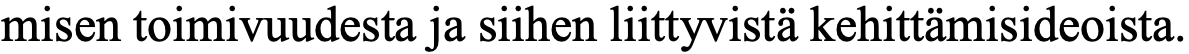
misen toimivuudesta ja siihen liittyvistä kehittämisideoista.